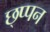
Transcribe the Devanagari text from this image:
छ्प्पन